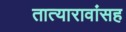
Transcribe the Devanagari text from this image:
तात्यारावांसह